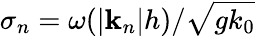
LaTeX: \sigma_{n}=\omega(|\mathbf{k}_{n}|h)/\sqrt{gk_{0}}